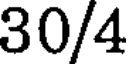
30/4